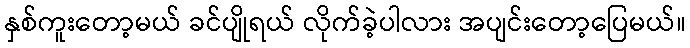
နှစ်ကူးတော့မယ် ခင်ပျိုရယ် လိုက်ခဲ့ပါလား အပျင်းတော့ပြေမယ်။